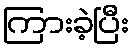
ကြားခဲ့ပြီး